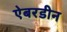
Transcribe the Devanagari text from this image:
ऐबरडीन